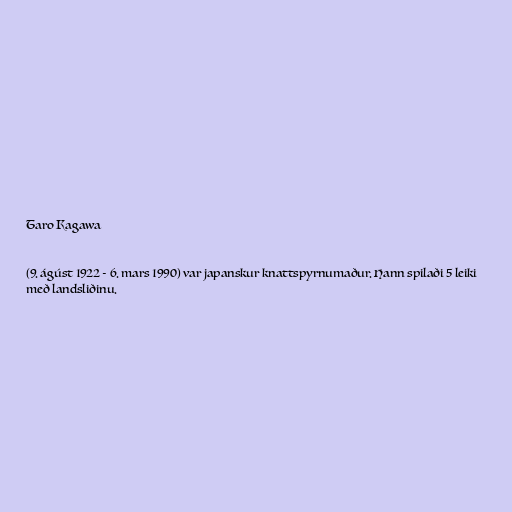
Taro Kagawa

(9. ágúst 1922 - 6. mars 1990) var japanskur knattspyrnumaður. Hann spilaði 5 leiki
með landsliðinu.